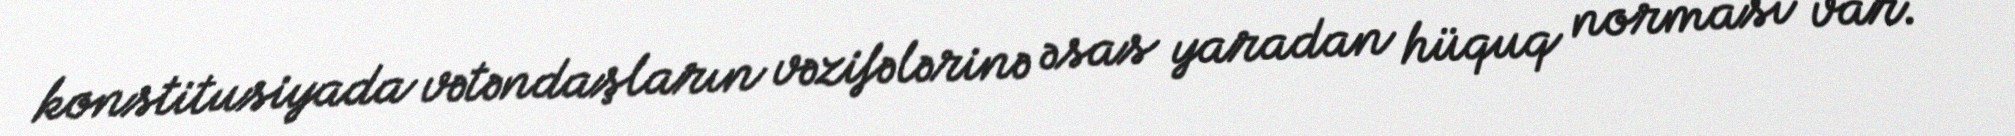
konstitusiyada vətəndaşların vəzifələrinə əsas yaradan hüquq norması var.